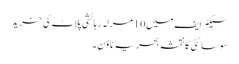
سیکٹر ایف میں 10 مرلہ رہائشی پلاٹ کی خرید
سوسائٹی کا نقشہ بحریہ ٹاؤن ۔